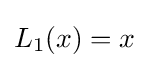
L_{1}(x)=x